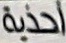
احذية